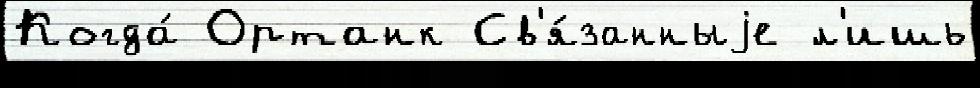
Когда́ Ортанк Св'я́занныjе л'ишь